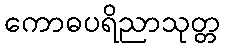
ကောဓပရိညာသုတ္တ